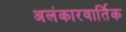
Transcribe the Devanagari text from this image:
अलंकारवार्तिक